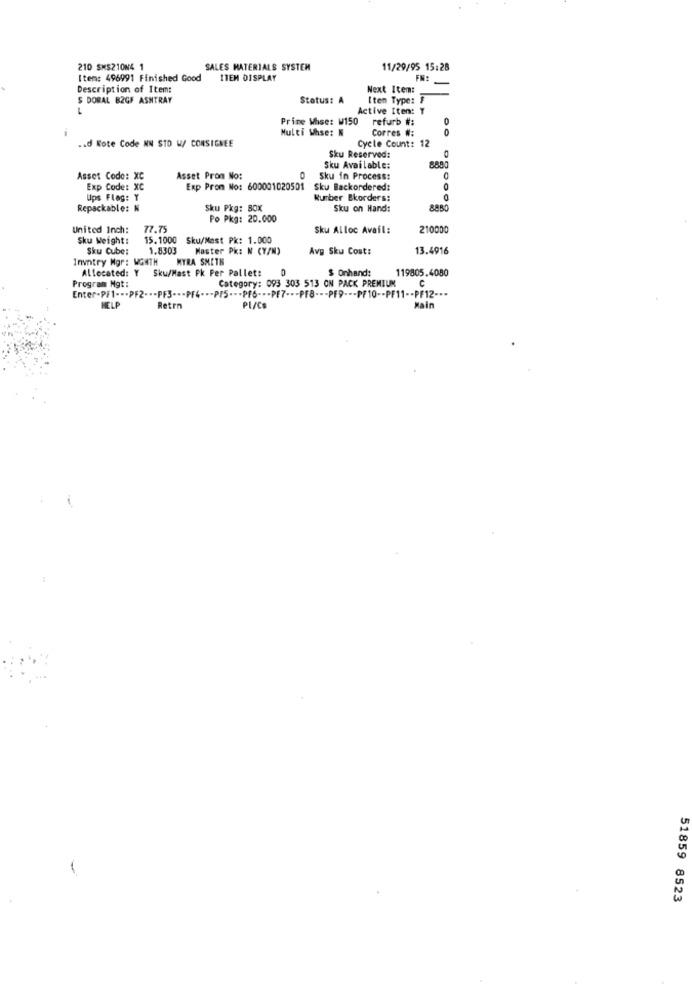
210 SMS210N4 1
SALES MATERIALS SYSTEM
11/29/95 15:28
Item: 496991 Finished Good
ITEM DISPLAY
FN:
Description of Items
Next Item:
$ DORAL B2GF ASHTRAY
Status: A
Iten Type: #
Active Iten: Y
Prime Whse: W150
refurb #:
Multi Whse: K
Corres #:
0
.. d Kote Code NN STO W/ CONSIGNEE
Cycle Count: 12
0
Sku Reserved:
8800
Sku Available:
Asset Code: XC
Asset Prom No:
0 Sku in Process:
Exp Code: XC
Exp Prom No: 600001020501
Sku Backordered:
Ups Flag: Y
Kurber Bkorders:
Repackable: N
Sku Pkg: BOX
Sku on Hand:
8880
Po Pkg: 20.000
United Inch:
77.75
Sku Alloc Avail:
210000
Sku Weight:
15.1000 Sku/Mast Pk: 1.000
Sku Cube:
1.8303
Master PK: N (Y/W)
Avg Sku Cost:
13.4916
Invntry Mgr: MONTH
MYRA SMETH
Allocated: Y
Sku/Mast Pk Per Pallet:
$ Onhand:
119805.4080
Category: 093 303 513 ON PACK PREMIUM
C
Program Mgt :
Enter-PF1 -.. PF2 -.- PF3 --- PF4 --- PIS --- Pf6 --- PE7 --- PF8 --- PF9 --- PF10 -- PF11 -- PF12 ---
HELP
Retrn
PI/Cs
Main
51859 8523